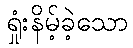
ရှုံးနိမ့်ခဲ့သော